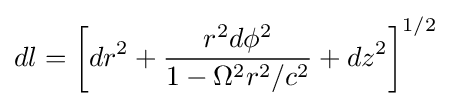
dl=\left[dr^{2}+{\frac {r^{2}d\phi ^{2}}{1-\Omega ^{2}r^{2}/c^{2}}}+dz^{2}\right]^{1/2}